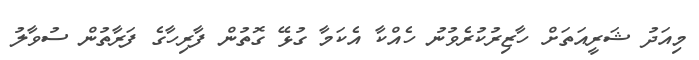
މިއަދު ޝަރީއަތަށް ހާޒިރުކުރެވުނު ހެއްކާ އެކަމާ ގުޅޭ ގޮތުން ފާރިހާގެ ފަރާތުން ސުވާލު